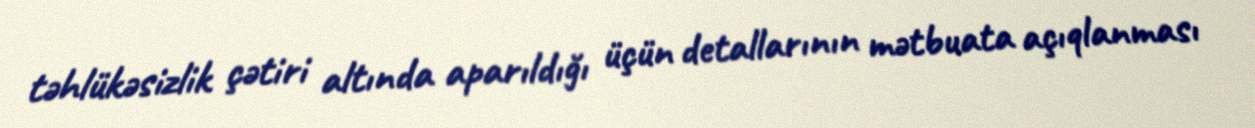
təhlükəsizlik çətiri altında aparıldığı üçün detallarının mətbuata açıqlanması